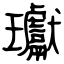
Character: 瓛